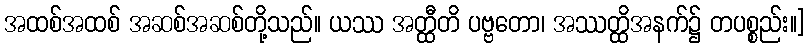
အထစ်အထစ် အဆစ်အဆစ်တို့သည်။ ယဿ အတ္ထီတိ ပဗ္ဗတော၊ အဿတ္ထိအနက်၌ တပစ္စည်း။]